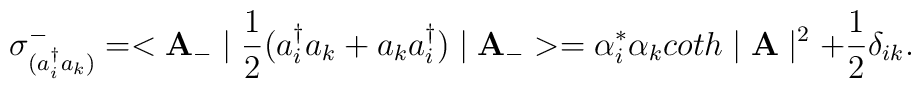
\sigma_{(a_{i}^{\dag}a_{k})}^{-}=<{\bf A}_{-} \mid\frac{1}{2}(a_{i}^{\dag}a_{k}+a_{k}a_{i}^{\dag})\mid {\bf A_{-}}>=\alpha_{i}^{*}\alpha_{k}coth\mid {\bf A} \mid^{2}+\frac{1}{2} \delta_{ik}.\nonumber\\